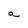
Character: a